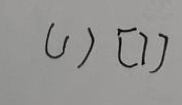
( 1 ) [ 7 ]